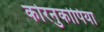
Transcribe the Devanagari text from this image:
कोरनुकोपिया